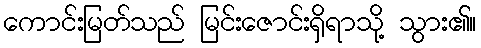
ကောင်းမြတ်သည် မြင်းဇောင်းရှိရာသို့ သွား၏။